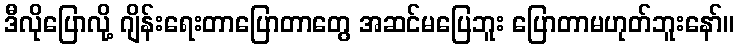
ဒီလိုပြောလို့ ဂျိန်းရေးတာပြောတာတွေ အဆင်မပြေဘူး ပြောတာမဟုတ်ဘူးနော်။